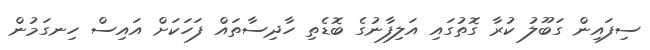
ސިފައިން ގަބޫލު ކުރާ ގޮތުގައި އަލިފާނުގެ ބޮޑެތި ހާދިސާތައް ފަހަކަށް އައިސް ހިނގަމުން